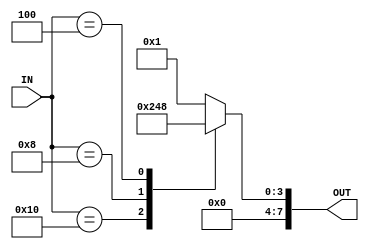


module CLKDIV_MUX  (



input	[5:0] IN,

output reg 	[7:0]	OUT











);





always @(*)



case(IN)

6'd32:

begin

	OUT =1;

end

6'd16:

begin

	OUT =2;

end

6'd8:

begin

	OUT =4;

end

6'd4:

begin

	OUT =8;

end





default:

begin

	OUT =1;

end

endcase





endmodule